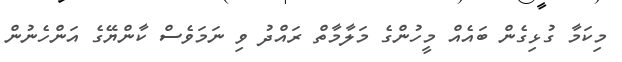
މިކަމާ ގުޅިގެން ބައެއް މީހުންގެ މަލާމާތް ރައްދު ވި ނަމަވެސް ކާންޔޭގެ އަންހެނުން